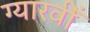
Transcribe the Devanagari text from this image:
ग्यारवीँ